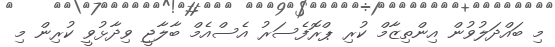
މި ބައްދަލުވުން އިންތިޒާމް ކުރި ޕްރޮފެސަރު އެސްއެމް ބާލާޖީ ވިދާޅުވީ ކުރިން މި